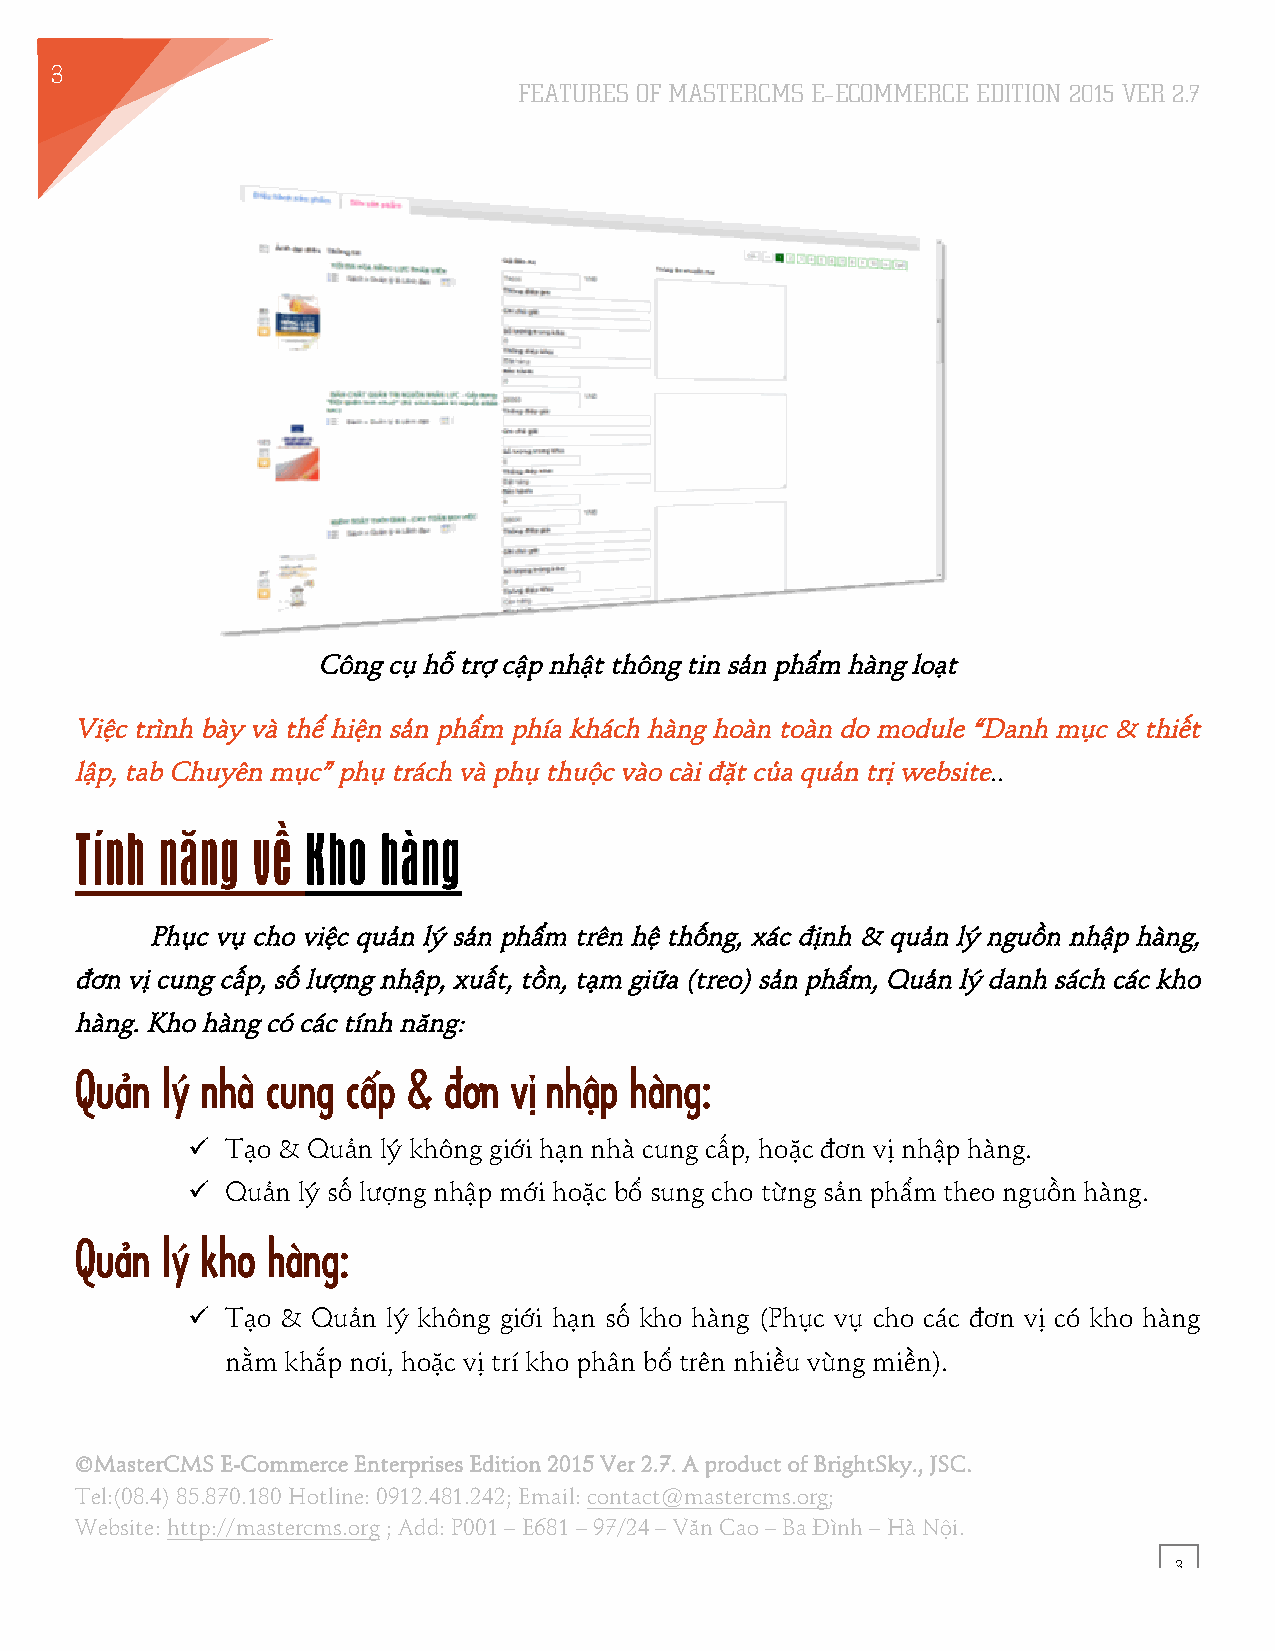
3
 FEATURES OF MASTERCMS E–ECOMMERCE EDITION 2015 VER 2.7
 4
 Công cụ hỗ trợ cập nhật thông tin sản phẩm hàng loạt
 Việc trình bày và thể hiện sản phẩm phía khách hàng hoàn toàn do module “Danh mục & thiết
 lập, tab Chuyên mục” phụ trách và phụ thuộc vào cài đặt của quản trị website..
 Tính  năng  về Kho  hàng
 Phục vụ cho việc quản lý sản phẩm trên hệ thống, xác định & quản lý nguồn nhập hàng,
 đơn vị cung cấp, số lượng nhập, xuất, tồn, tạm giữa (treo) sản phẩm, Quản lý danh sách các kho
 hàng. Kho hàng có các tính năng:
 Quản  lý nhà cung cấp & .ơn  vị nhập hàng:
 !! Tạo & Quản lý không giới hạn nhà cung cấp, hoặc đơn vị nhập hàng.
 !! Quản lý số lượng nhập mới hoặc bổ sung cho từng sản phẩm theo nguồn hàng.
 Quản  lý kho hàng:
 !! Tạo & Quản lý không giới hạn số kho hàng (Phục vụ cho các đơn vị có kho hàng
 nằm khắp nơi, hoặc vị trí kho phân bổ trên nhiều vùng miền).
 ©MasterCMS E-Commerce Enterprises Edition 2015 Ver 2.7. A product of BrightSky., JSC.
 Tel:(08.4) 85.870.180 Hotline: 0912.481.242; Email: contact@mastercms.org;
 Website: http://mastercms.org ; Add: P001 – E681 – 97/24 – Văn Cao – Ba Đình – Hà Nội.
 3